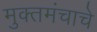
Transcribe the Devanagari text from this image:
मुक्तमंचाचे